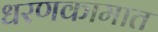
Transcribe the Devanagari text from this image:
धरणकामात